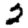
Digit: 2